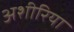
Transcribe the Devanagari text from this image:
अशीरिया